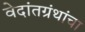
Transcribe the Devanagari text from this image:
वेदांतग्रंथांचा